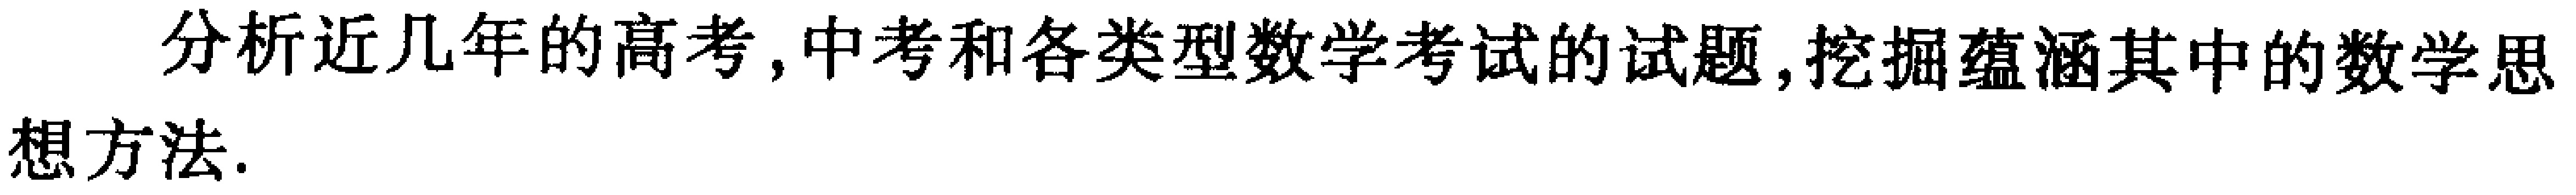
分析近几年的高考,中考和各类型数学考试的试题,挖掘蕴涵其中的数学思想方法.